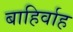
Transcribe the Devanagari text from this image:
बाहिर्वाह